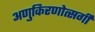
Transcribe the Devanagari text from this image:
अणुकिरणोत्सर्गी